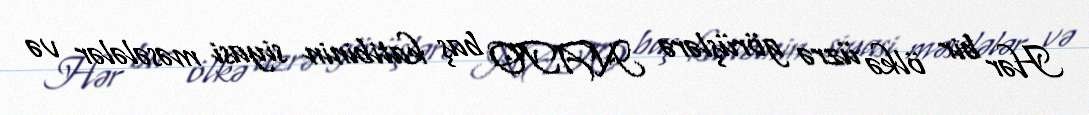
Hər bir ölkə üzrə görüşlərə NATO baş katibinin siyasi məsələlər və